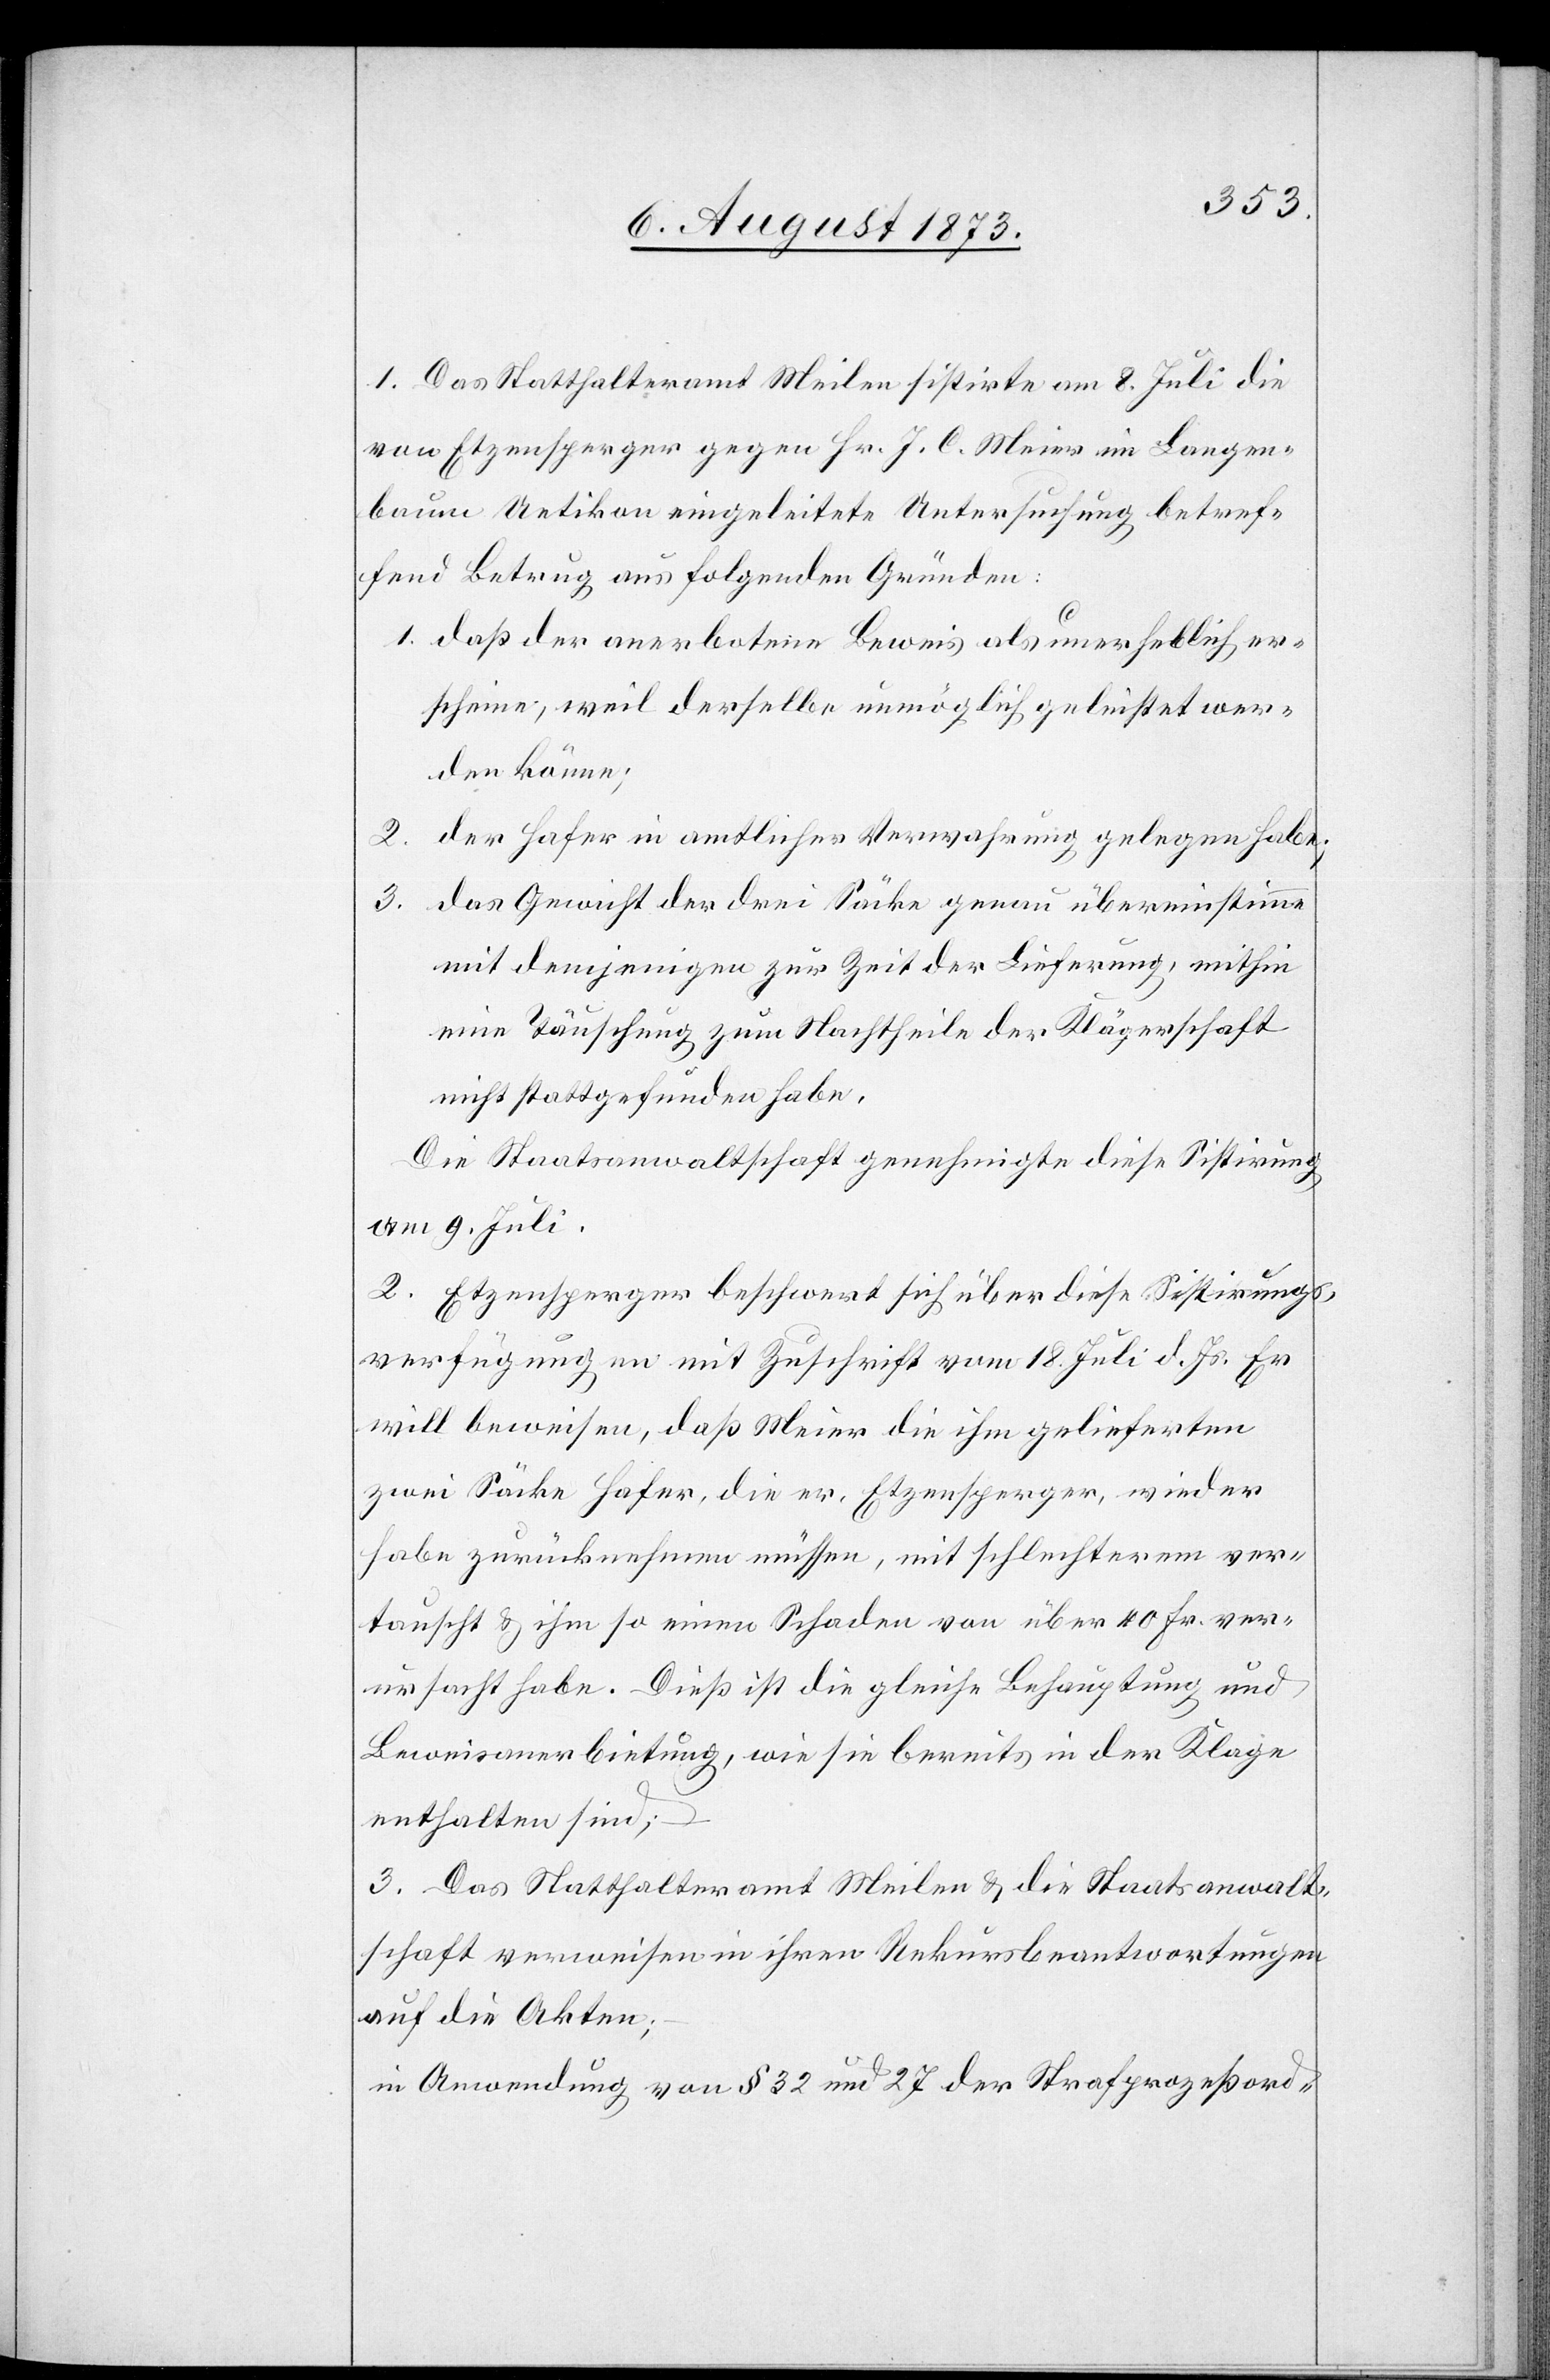
1. Das Statthalteramt Meilen sistirte am 8. Juli die
von Etzensperger gegen Hr. J. C. Meier im Langen¬
baum Uetikon eingeleitete Untersuchung betref¬
fend Betrug aus folgenden Gründen:
1. daß der anerbotene Beweis als unerheblich er¬
scheine, weil derselbe unmöglich geleistet wer¬
den könne;
2. der Hafer in amtlicher Verwahrung gelegen habe;
3. das Gewicht der drei Säcke genau übereinstimme
mit demjenigen zur Zeit der Lieferung, mithin
eine Täuschung zum Nachthteile der Klägerschaft
nicht stattgefunden habe.
Die Staatsanwaltschaft genehmigte diese Sistirung
am 9. Juli.
2. Etzensberger beschwert sich über diese Sistirungs¬
verfügungen mit Zuschrift vom 18. Juli d. Js. Er
will beweisen, daß Meier die ihm gelieferten
zwei Säcke Hafer, die er, Etzensperger, wieder
habe zurücknehmen müssen, mit schlechterem ver¬
tauscht & ihm so einen Schaden von über 40 Fr. ver¬
ursacht habe. Dieß ist die gleiche Behauptung und
Beweisanerbietung, wie sie bereits in der Klage
enthalten sind;
3. Das Statthalteramt Meilen & die Staatsanwalt¬
schaft verweisen in ihren Rekursbeantwortungen
auf die Akten;
in Anwendung von § 32 und 27 der Strafprozeßord-